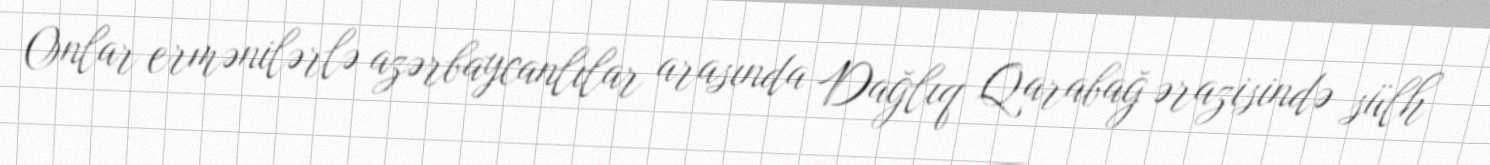
Onlar ermənilərlə azərbaycanlılar arasında Dağlıq Qarabağ ərazisində sülh